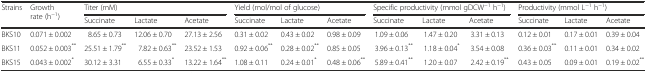
| <ROWSPAN=2> Strains | <ROWSPAN=2> Growth rate (h−1) | <COLSPAN=3> Titer (mM) | <COLSPAN=3> Yield (mol/mol of glucose) | <COLSPAN=3> Specific productivity (mmol gDCW−1 h−1) | <COLSPAN=3> Productivity (mmol L−1 h−1) |
 | Succinate | Lactate | Acetate | Succinate | Lactate | Acetate | Succinate | Lactate | Acetate | Succinate | Lactate | Acetate |
 | --- | --- | --- | --- | --- | --- | --- | --- | --- | --- | --- | --- | --- | --- |
 | BKS10 | 0.071 ± 0.002 | 8.65 ± 0.73 | 12.06 ± 0.70 | 27.13 ± 2.56 | 0.31 ± 0.02 | 0.43 ± 0.02 | 0.98 ± 0.09 | 1.09 ± 0.06 | 1.47 ± 0.20 | 3.31 ± 0.13 | 0.12 ± 0.01 | 0.17 ± 0.01 | 0.39 ± 0.04 |
 | BKS11 | 0.052 ± 0.003** | 25.51 ± 1.79** | 7.82 ± 0.63** | 23.52 ± 1.53 | 0.92 ± 0.06** | 0.28 ± 0.02** | 0.85 ± 0.05 | 3.96 ± 0.13** | 1.18 ± 0.04* | 3.54 ± 0.08 | 0.36 ± 0.03** | 0.11 ± 0.01 | 0.34 ± 0.02 |
 | BKS15 | 0.043 ± 0.002* | 30.12 ± 3.31 | 6.55 ± 0.33* | 13.22 ± 1.64** | 1.08 ± 0.11 | 0.24 ± 0.01* | 0.48 ± 0.06** | 5.89 ± 0.41** | 1.20 ± 0.07 | 2.42 ± 0.19** | 0.43 ± 0.05 | 0.09 ± 0.01 | 0.19 ± 0.02** |